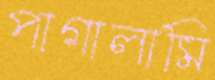
পাগালামি